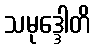
သမုဒ္ဒေါတိ